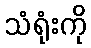
သံရုံးကို